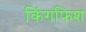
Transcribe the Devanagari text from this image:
किंगफिश